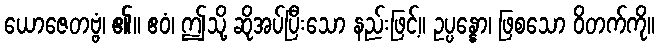
ယောဇေတဗ္ဗံ၊ ၏။ ဧဝံ၊ ဤသို့ ဆိုအပ်ပြီးသော နည်းဖြင့်။ ဥပ္ပန္နော၊ ဖြစသော ဝိတက်ကို။